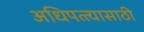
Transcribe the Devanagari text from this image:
अधिपत्त्यासाठी